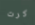
كرت